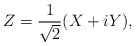
\begin{align*}Z=\frac1{\sqrt 2}(X+iY),\end{align*}